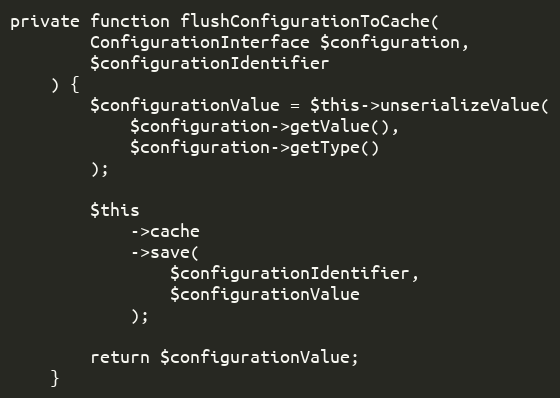
Language: PHP
private function flushConfigurationToCache(
        ConfigurationInterface $configuration,
        $configurationIdentifier
    ) {
        $configurationValue = $this->unserializeValue(
            $configuration->getValue(),
            $configuration->getType()
        );

        $this
            ->cache
            ->save(
                $configurationIdentifier,
                $configurationValue
            );

        return $configurationValue;
    }